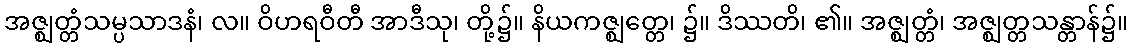
အဇ္ဈတ္တံသမ္ပသာဒနံ၊ လ။ ဝိဟရဝီတီ အာဒီသု၊ တို့၌။ နိယကဇ္ဈတ္တေ၊ ၌။ ဒိဿတိ၊ ၏။ အဇ္ဈတ္တံ၊ အဇ္ဈတ္တသန္တာန်၌။